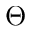
\Theta